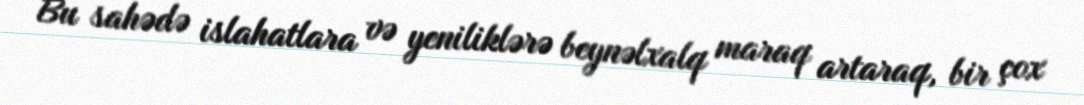
Bu sahədə islahatlara və yeniliklərə beynəlxalq maraq artaraq, bir çox